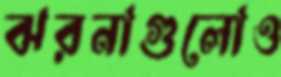
ঝরনাগুলোও